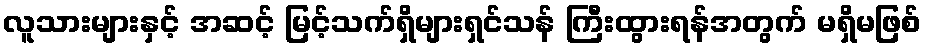
လူသားများနှင့် အဆင့် မြင့်သက်ရှိများရှင်သန် ကြီးထွားရန်အတွက် မရှိမဖြစ်